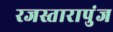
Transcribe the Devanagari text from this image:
रजस्तारापुंज